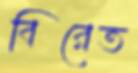
বিরেত